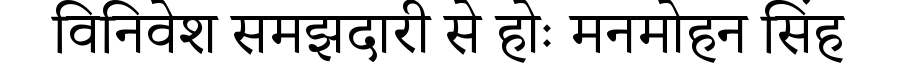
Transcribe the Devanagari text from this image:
विनिवेश समझदारी से होः मनमोहन सिंह